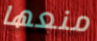
منعها